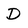
Character: D